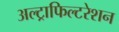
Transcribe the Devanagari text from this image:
अल्ट्राफिल्टरेशन